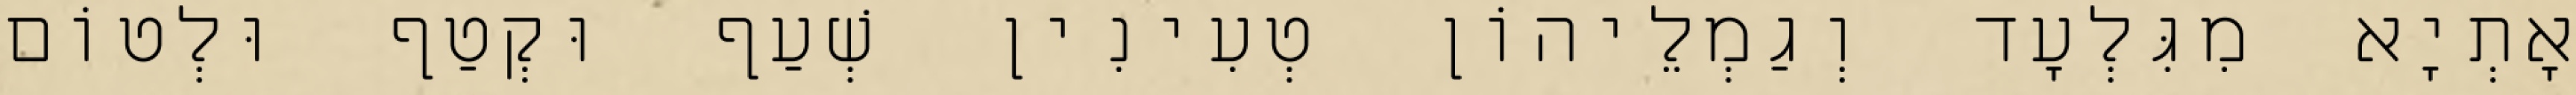
אָתְיָא מִגִּלְעָד וְגַמְלֵיהוֹן טְעִינִין שְׁעַף וּקְטַף וּלְטוֹם